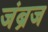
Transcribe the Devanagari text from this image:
जंब्रज